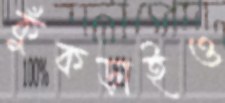
কুঁকড়াইও